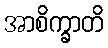
အာစိက္ခာတိ